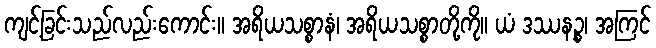
ကျင့်ခြင်းသည်လည်းကောင်း။ အရိယသစ္စာနံ၊ အရိယသစ္စာတို့ကို။ ယံ ဒဿနဉ္စ၊ အကြင်